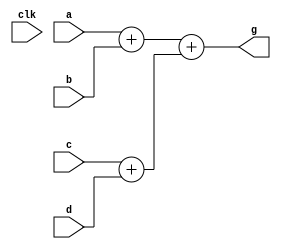

module adder(a,b,c,d,clk,g);
input clk;        
input signed[18:0] a,b,c,d;     //.0
output signed[18:0] g;          
wire signed[18:0]e,f;
assign e = a+b;
assign f = c+d;
assign g= e+f;

endmodule